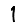
Digit: 1